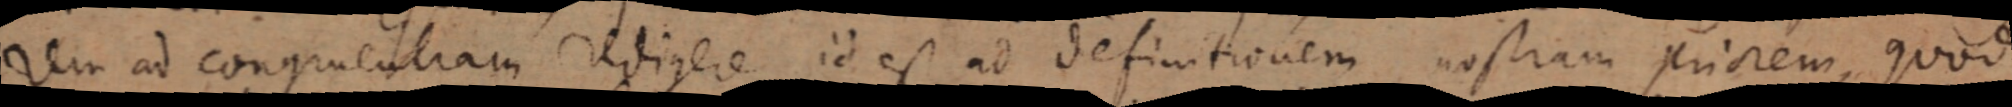
rem ad congruentiam redigere id est ad definitionem nostram priorem, quod